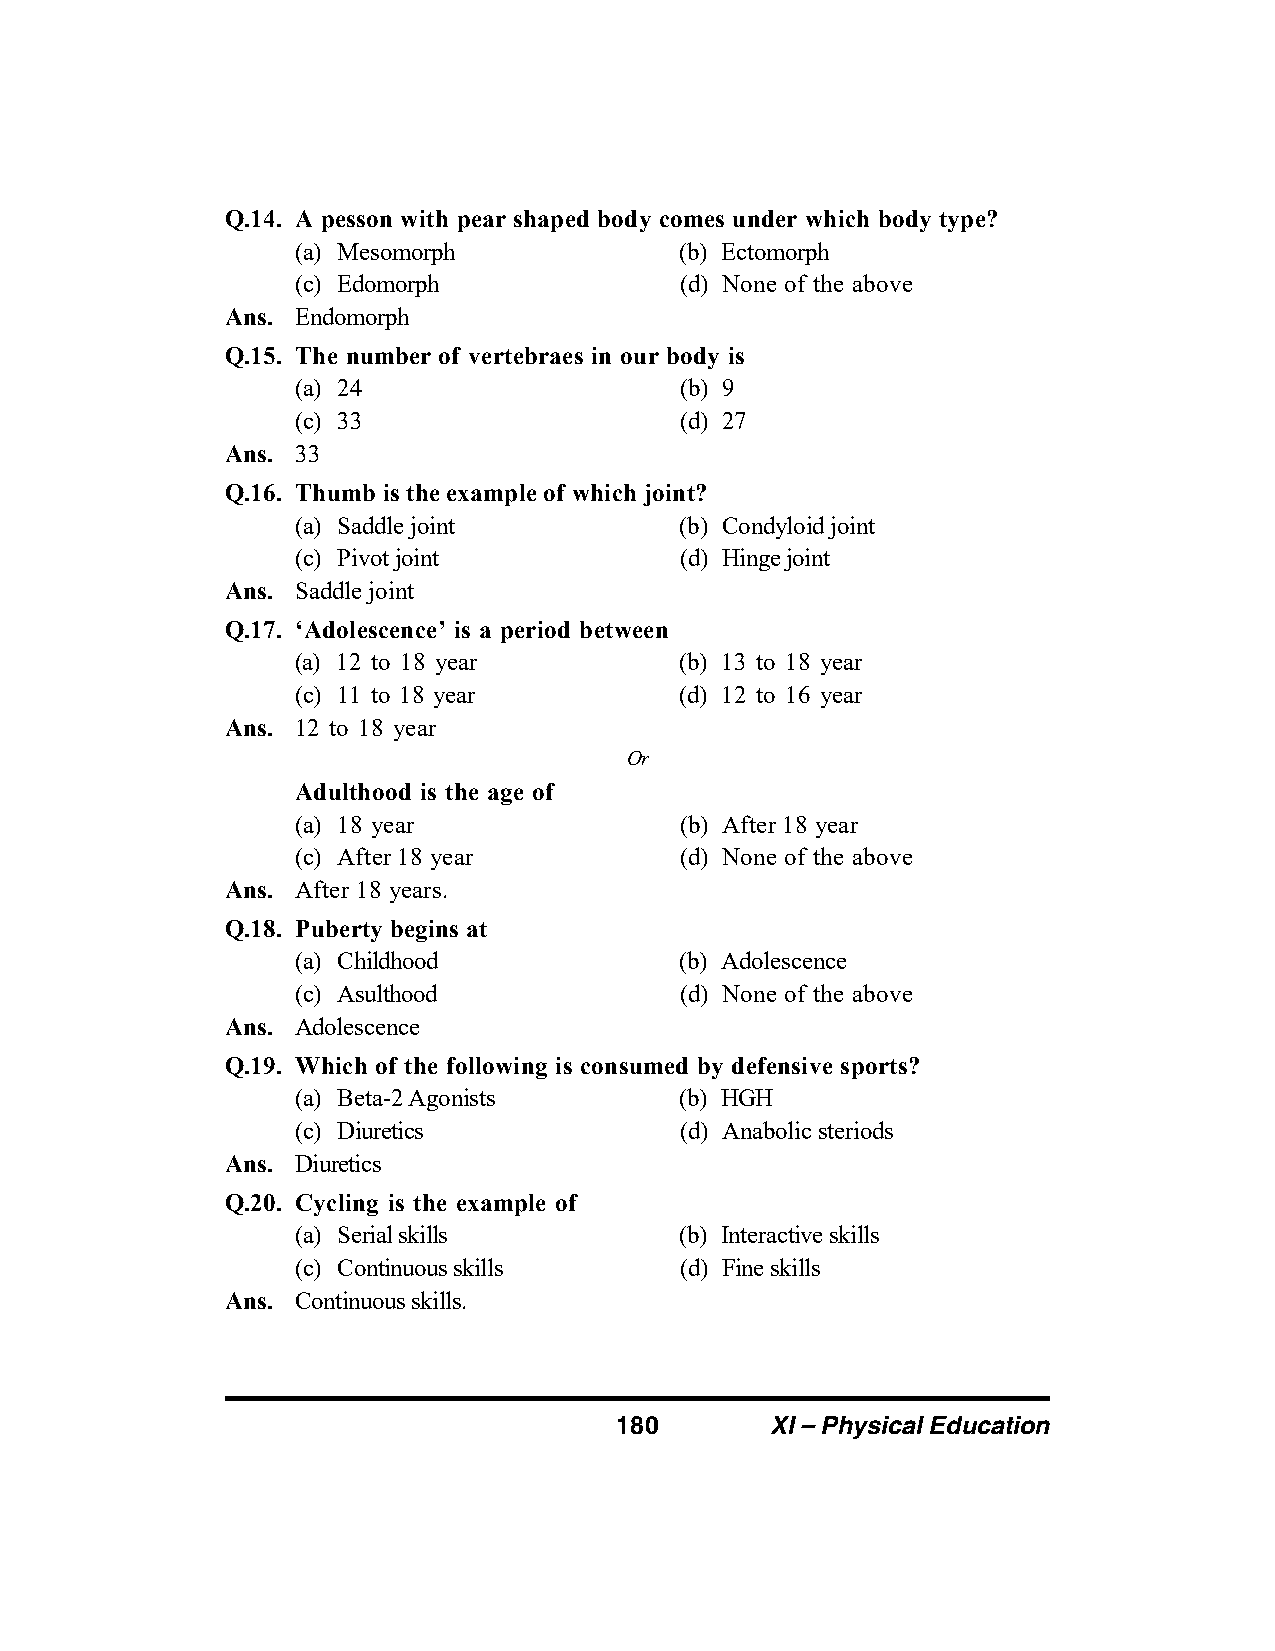
Q.14. A pesson with pear shaped body comes under which body type?
 (a) Mesomorph            (b) Ectomorph
 (c) Edomorph             (d) None of the above
 Ans. Endomorph
 Q.15. The number of vertebraes in our body is
 (a) 24                   (b) 9
 (c) 33                   (d) 27
 Ans. 33
 Q.16. Thumb is the example of which joint?
 (a) Saddle joint         (b) Condyloid joint
 (c) Pivot joint          (d) Hinge joint
 Ans. Saddle joint
 Q.17. ‘Adolescence’ is a period between
 (a) 12 to 18 year        (b) 13 to 18 year
 (c) 11 to 18 year        (d) 12 to 16 year
 Ans. 12 to 18 year
 Or
 Adulthood is the age of
 (a) 18 year              (b) After 18 year
 (c) After 18 year        (d) None of the above
 Ans. After 18 years.
 Q.18. Puberty begins at
 (a) Childhood            (b) Adolescence
 (c) Asulthood            (d) None of the above
 Ans. Adolescence
 Q.19. Which of the following is consumed by defensive sports?
 (a) Beta-2 Agonists      (b) HGH
 (c) Diuretics            (d) Anabolic steriods
 Ans. Diuretics
 Q.20. Cycling is the example of
 (a) Serial skills        (b) Interactive skills
 (c) Continuous skills    (d) Fine skills
 Ans. Continuous skills.
 180       XI – Physical Education